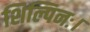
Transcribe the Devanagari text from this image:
शिल्पिनः।